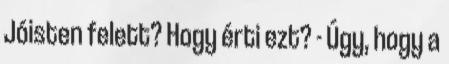
Jóisten felett? Hogy érti ezt? - Úgy, hogy a